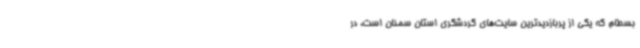
بسطام که یکی از پربازدیدترین سایت‌های گردشگری استان سمنان است، در